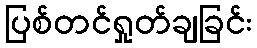
ပြစ်တင်ရှုတ်ချခြင်း